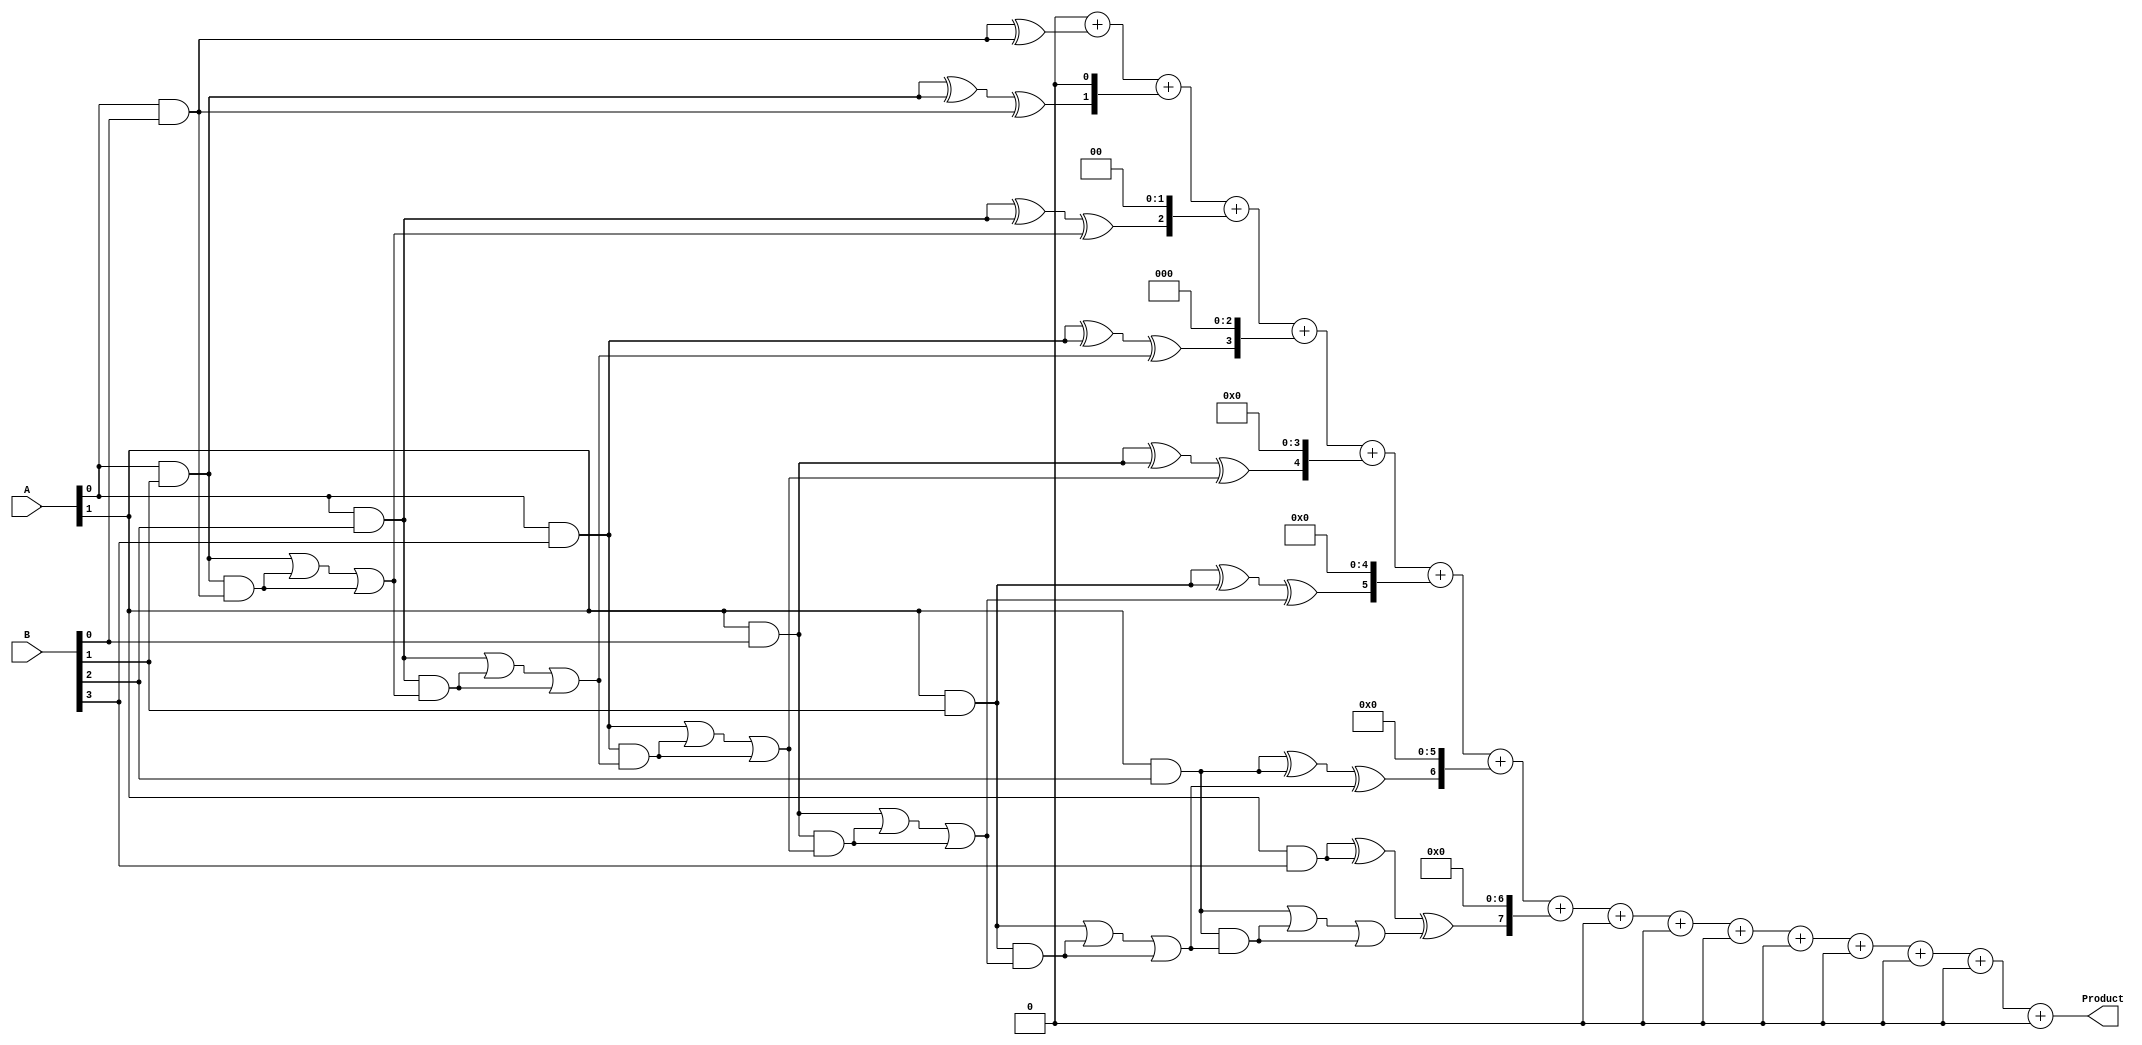
module FaultTolerantWallaceTreeMultiplier #(parameter A_WIDTH = 4, B_WIDTH = 4)(
    input [A_WIDTH-1:0] A,
    input [B_WIDTH-1:0] B,
    output reg [2*A_WIDTH-1:0] Product
);

    // Generate partial products
    wire [A_WIDTH*B_WIDTH-1:0] partial_products [0:1];
    genvar i, j;
    generate
        for (i = 0; i < A_WIDTH; i = i + 1) begin : pp_gen
            for (j = 0; j < B_WIDTH; j = j + 1) begin : pp_gen_inner
                assign partial_products[0][i*B_WIDTH + j] = A[i] & B[j]; // Original partial products
                assign partial_products[1][i*B_WIDTH + j] = A[i] & B[j]; // Redundant partial products
            end
        end
    endgenerate

    // Wallace Tree Reduction
    wire [A_WIDTH*B_WIDTH-1:0] sum, carry;
    wire [A_WIDTH*B_WIDTH-1:0] sum_r[0:1], carry_r[0:1];

    // Full Adder and Half Adder
    function [1:0] full_adder(input a, input b, input c);
        full_adder = {a & b | b & c | a & c, a ^ b ^ c};
    endfunction

    function [1:0] half_adder(input a, input b);
        half_adder = {0, a ^ b};
    endfunction

    // Wallace tree reduction with redundancy
    integer k;
    always @(*) begin
        // Initialize sums and carries
        for (k = 0; k < A_WIDTH*B_WIDTH; k = k + 1) begin
            sum_r[0][k] = 0;
            carry_r[0][k] = 0;
            sum_r[1][k] = 0;
            carry_r[1][k] = 0;
        end

        // First stage reduction
        for (k = 0; k < A_WIDTH*B_WIDTH; k = k + 1) begin
            {carry_r[0][k+1], sum_r[0][k]} = full_adder(partial_products[0][k], partial_products[1][k], carry_r[0][k]);
            {carry_r[1][k+1], sum_r[1][k]} = full_adder(partial_products[0][k], partial_products[1][k], carry_r[1][k]);
        end

        // Voting mechanism for error correction
        for (k = 0; k < A_WIDTH*B_WIDTH; k = k + 1) begin
            if (sum_r[0][k] == sum_r[1][k]) begin
                sum[k] = sum_r[0][k];
            end else begin
                // Error detected, use majority voting
                sum[k] = (sum_r[0][k] + sum_r[1][k]) > 1 ? 1 : 0;
            end
        end

        // Final stage reduction
        Product = 0;
        for (k = 0; k < A_WIDTH*B_WIDTH; k = k + 1) begin
            Product = Product + (sum[k] << k);
        end
    end

endmodule